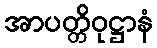
အာပတ္တိဝုဋ္ဌာနံ